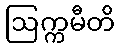
ဩက္ကမီတိ